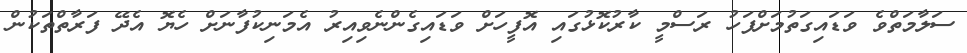
ސަލާމަތްވެ ވަޑައިގަތުމަށްފަހު ރަސްމީ ކާރުކޮޅުގައި އޮފީހަށް ވަޑައިގެންނެވިއިރު އެމަނިކުފާނަށް ހެޔޮ އެދޭ ފަރާތްތަކުން